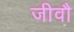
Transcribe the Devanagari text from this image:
जीवौ